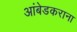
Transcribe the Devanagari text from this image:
आंबेडकराना